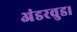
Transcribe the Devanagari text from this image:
अंडरवुड।